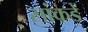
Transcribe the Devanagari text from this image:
सांकडें